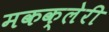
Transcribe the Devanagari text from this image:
मकक्लेरी